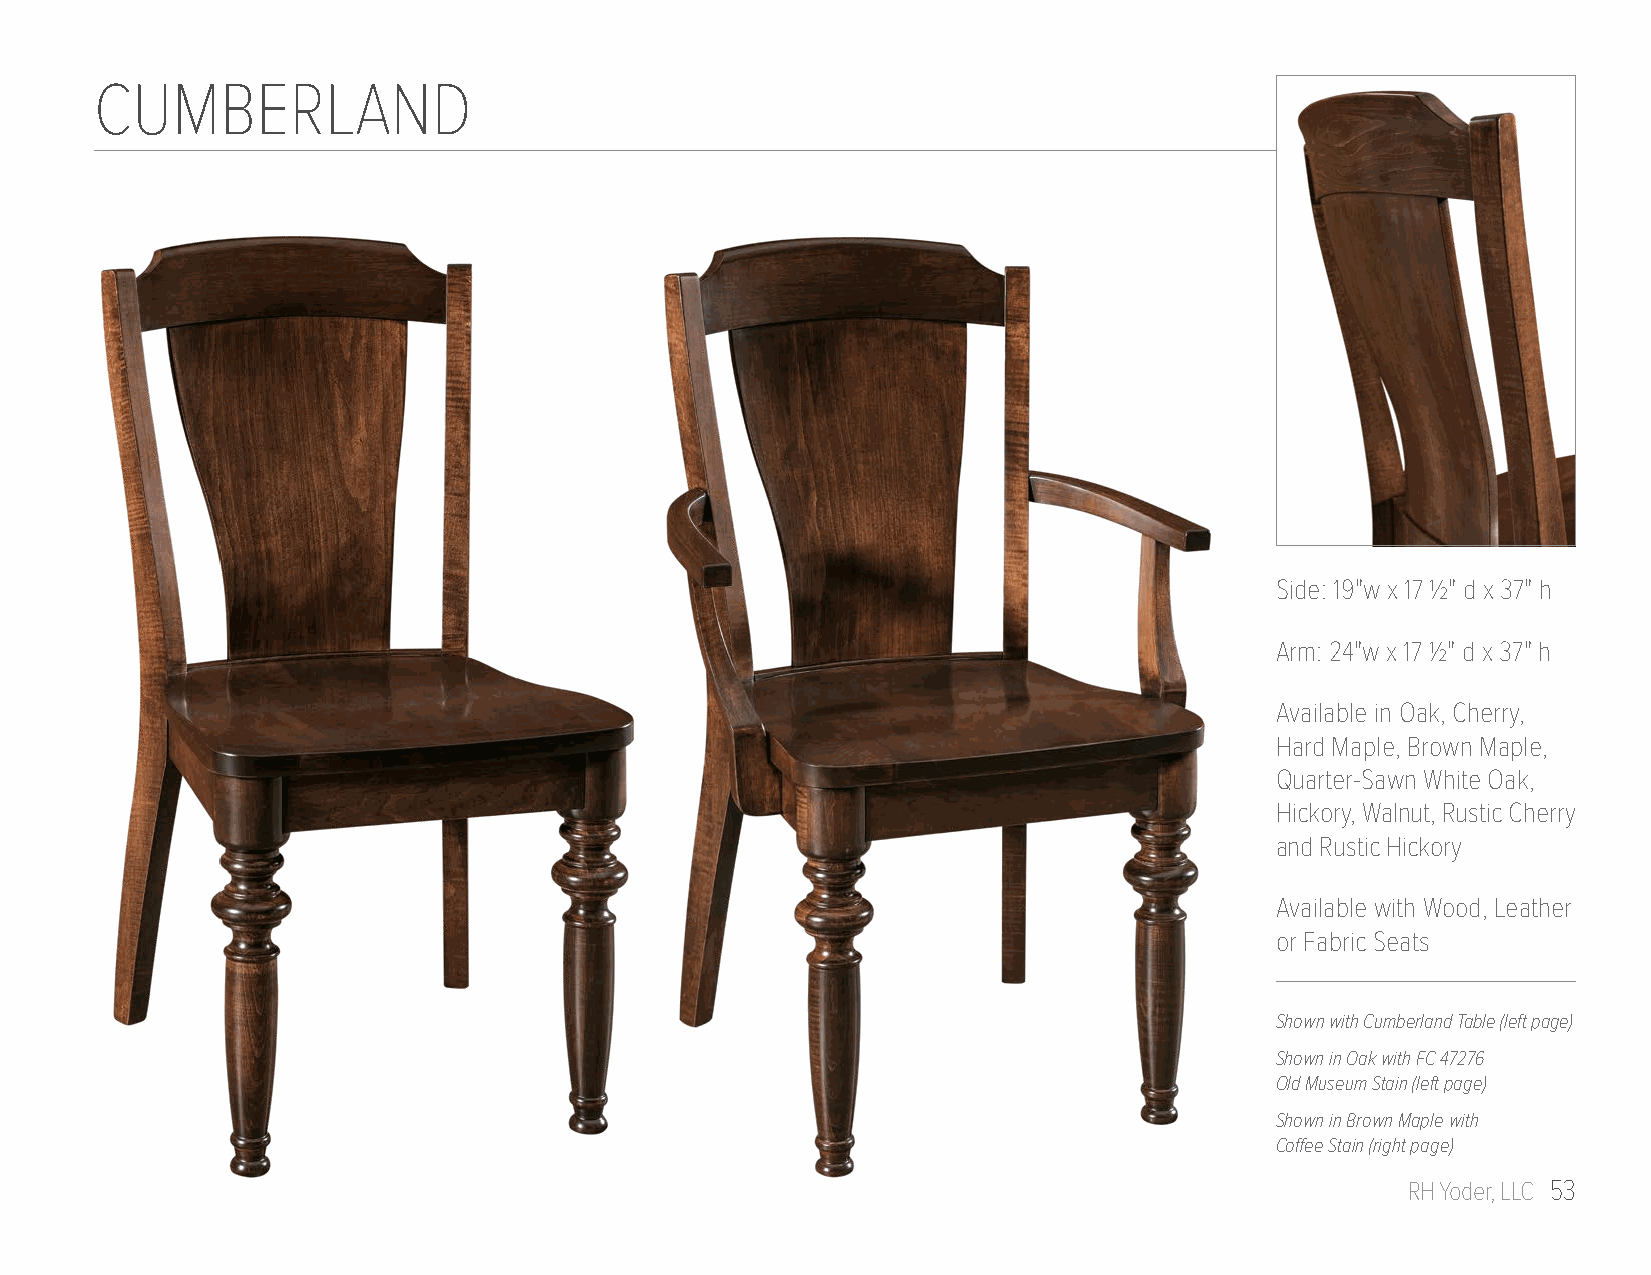
CUMBERLAND
 Side: 19"w x 17 1/2" d x 37" h
 Arm: 24"w x 17 1/2" d x 37" h
 Available in Oak, Cherry,
 Hard Maple, Brown Maple,
 Quarter-Sawn White Oak,
 Hickory, Walnut, Rustic Cherry
 and Rustic Hickory
 Available with Wood, Leather
 or Fabric Seats
 Shown with Cumberland Table (left page)
 Shown in Oak with FC 47276
 Old Museum Stain (left page)
 Shown in Brown Maple with
 Coffee Stain (right page)
 RH Yoder, LLC 53